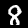
Label: 8